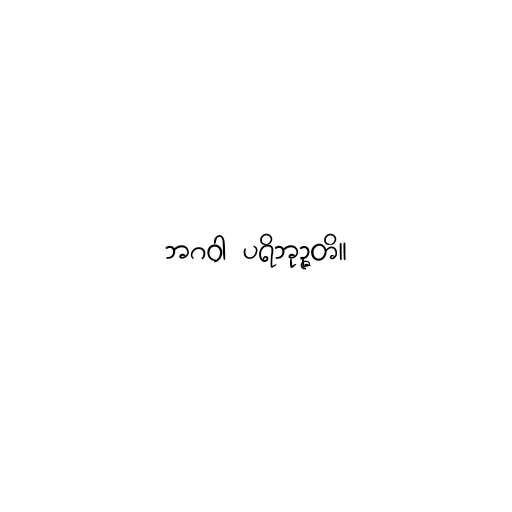
ဘဂဝါ ပရိဘုဉ္ဇတိ။